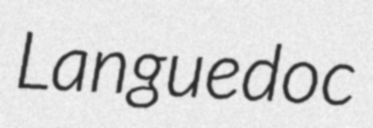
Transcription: Languedoc